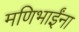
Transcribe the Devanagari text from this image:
मणिभाईंना